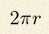
2\pi r